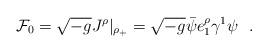
LaTeX: \begin{align*}{\cal F}_0 = {\sqrt {-g}} J^\rho |_{\rho_+} = {\sqrt{-g}} {\bar \psi}e_1^\rho \gamma^1 \psi~~.\end{align*}